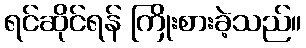
ရင်ဆိုင်ရန် ကြိုးစားခဲ့သည်။